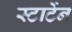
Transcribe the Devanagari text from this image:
स्टार्टेन